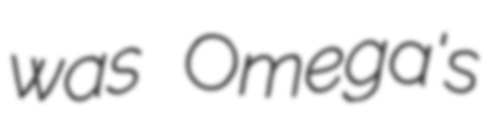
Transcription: was Omega's